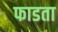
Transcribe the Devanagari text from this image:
फाडता